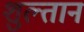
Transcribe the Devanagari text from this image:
शुल्तान